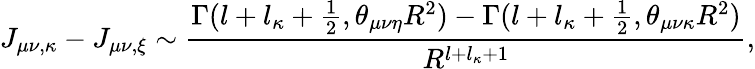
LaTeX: J_{\mu\nu,\kappa}-J_{\mu\nu,\xi}\sim\frac{\Gamma(l+l_{\kappa}+\frac{1}{2},\theta_{\mu\nu\eta}R^{2})-\Gamma(l+l_{\kappa}+\frac{1}{2},\theta_{\mu\nu\kappa}R^{2})}{R^{l+l_{\kappa}+1}},